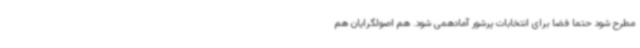
مطرح شود حتما فضا برای انتخابات پرشور آمادهمی شود. هم اصولگرایان هم